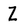
Character: Z